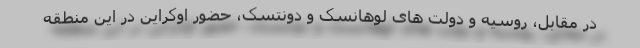
در مقابل، روسیه و دولت های لوهانسک و دونتسک، حضور اوکراین در این منطقه